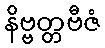
နိဗ္ဗတ္တဗီဇံ